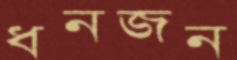
ধনজন